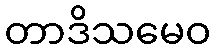
တာဒိသမေဝ